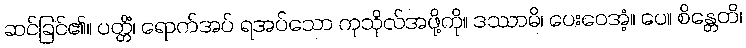
ဆင်ခြင်၏။ ပတ္တိံ၊ ရောက်အပ် ရအပ်သော ကုသိုလ်အဖို့ကို။ ဒဿာမိ၊ ပေးဝေအံ့။ ပေ။ စိန္တေတိ၊